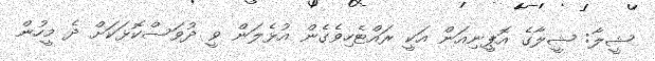
ޝީލާ: ޝީލާގެ އޮޕީނިއަން އަކީ ރައްޓެހިވެގެން އުޅެލަން ވީ ދުވަސްކޮޅަކަށް ދެ މީހުން